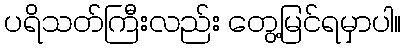
ပရိသတ်ကြီးလည်း တွေ့မြင်ရမှာပါ။